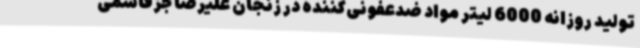
تولید روزانه 6000 لیتر مواد ضدعفونی‌کننده در زنجان علیرضا جزقاسمی